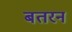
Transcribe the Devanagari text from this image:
बतरन